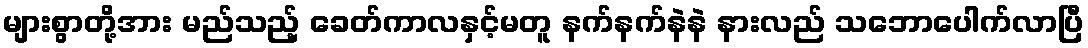
များစွာတို့အား မည်သည့် ခေတ်ကာလနှင့်မတူ နက်နက်နဲနဲ နားလည် သဘောပေါက်လာပြီ